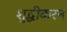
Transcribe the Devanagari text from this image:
शुद्धीकरन